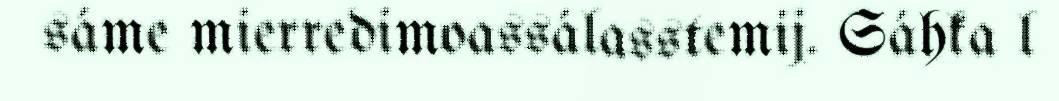
sáme mierredimoassálasstemij. Sáhka l